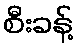
စီးခန့်